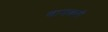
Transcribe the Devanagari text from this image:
बायबली